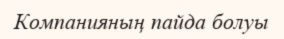
Компанияның пайда болуы